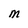
Character: M